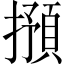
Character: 𱠽